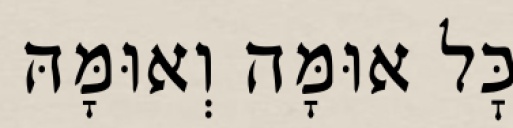
כׇּל אוּמָּה וְאוּמָּהּ